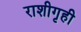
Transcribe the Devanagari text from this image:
राशीगृही